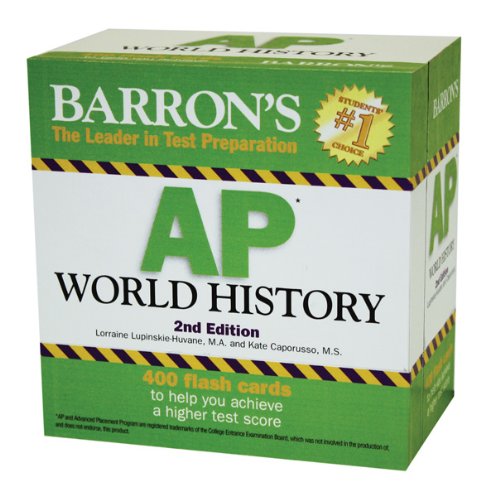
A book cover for Barron's AP World History Flash Cards; Lorraine Lupinskie-Huvane; Test Preparation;